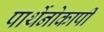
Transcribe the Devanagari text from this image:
पार्थेनोकार्पी